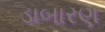
ડાબારણ